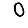
Digit: 0